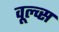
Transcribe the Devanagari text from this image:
वूल्व्स